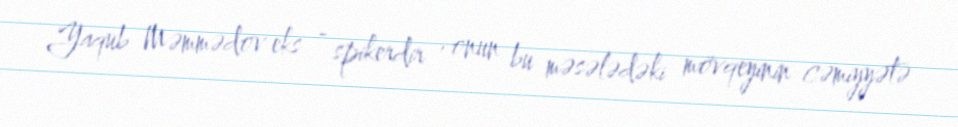
Yaqub Məmmədov eks - spikerdir , onun bu məsələdəki mövqeyinin cəmiyyətə